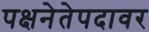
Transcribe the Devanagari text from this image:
पक्षनेतेपदावर